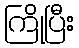
ကြိုပြီး